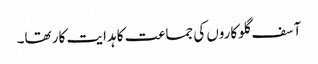
آسف گلوکاروں کی جماعت کا ہدایت کار تھا۔